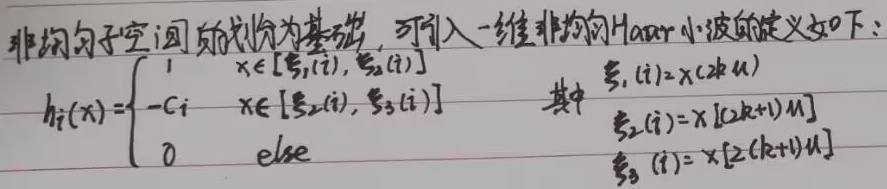
以非均匀子空间的讨论为基础，可引入一维非均匀Haar小波的定义如下：
\[h_i(x)=\begin{cases}
1 & x\in[\xi_1(i),\xi_2(i)] \\
-C_i & x\in[\xi_2(i),\xi_3(i)] \\
0 & \text{其他}
\end{cases}\]
其中 \(\xi_1(i)=x[2ku]\)，\(\xi_2(i)=x[(2k + 1)u]\)，\(\xi_3(i)=x[2(k + 1)u]\) 。